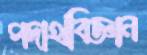
পদার্থবিজ্ঞান